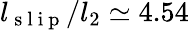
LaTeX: l_{\mathrm{~s~l~i~p~}}/l_{2}\simeq 4.54